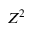
Z ^ { 2 }